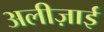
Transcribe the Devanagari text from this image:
अलीज़ाई